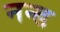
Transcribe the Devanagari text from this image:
नन्ड